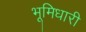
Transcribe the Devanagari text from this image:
भूमिधारी